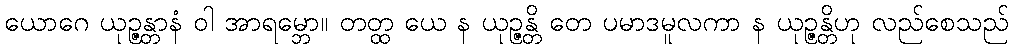
ယောဂေ ယုဉ္ဇန္တာနံ ဝါ အာရမ္ဘော။ တတ္ထ ယေ န ယုဉ္ဇန္တိ တေ ပမာဒမူလကာ န ယုဉ္ဇန္တိဟု လည်စေသည်